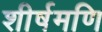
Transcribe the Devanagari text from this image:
शीर्षमणि